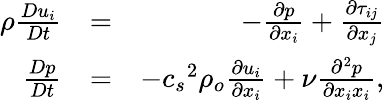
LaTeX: \begin{array}{rlr}{\rho\frac{Du_{i}}{Dt}}&{=}&{-\frac{\partial p}{\partial x_{i}}+\frac{\partial\tau_{ij}}{\partial x_{j}}}\\ {\frac{Dp}{Dt}}&{=}&{-{c_{s}}^{2}\rho_{o}\frac{\partial u_{i}}{\partial x_{i}}+\nu\frac{\partial^{2}p}{\partial x_{i}x_{i}},}\end{array}